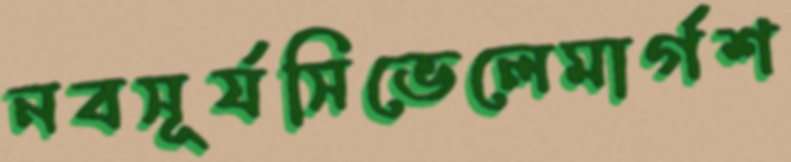
নবসূর্যসিভেলেমার্গশ